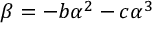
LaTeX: \beta = - b \alpha ^ { 2 } - c \alpha ^ { 3 }